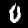
Digit: 0